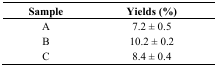
<table><thead><tr><td><b>Sample</b></td><td><b>Yields (%)</b></td></tr></thead><tbody><tr><td>A</td><td>7.2 ± 0.5</td></tr><tr><td>B</td><td>10.2 ± 0.2</td></tr><tr><td>C</td><td>8.4 ± 0.4</td></tr></tbody></table>